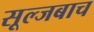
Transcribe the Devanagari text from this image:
सूल्जबाच